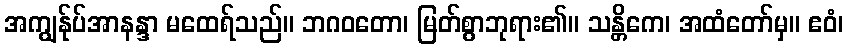
အကျွန်ုပ်အာနန္ဒာ မထေရ်သည်။ ဘဂဝတော၊ မြတ်စွာဘုရား၏။ သန္တိကေ၊ အထံတော်မှ။ ဧဝံ၊